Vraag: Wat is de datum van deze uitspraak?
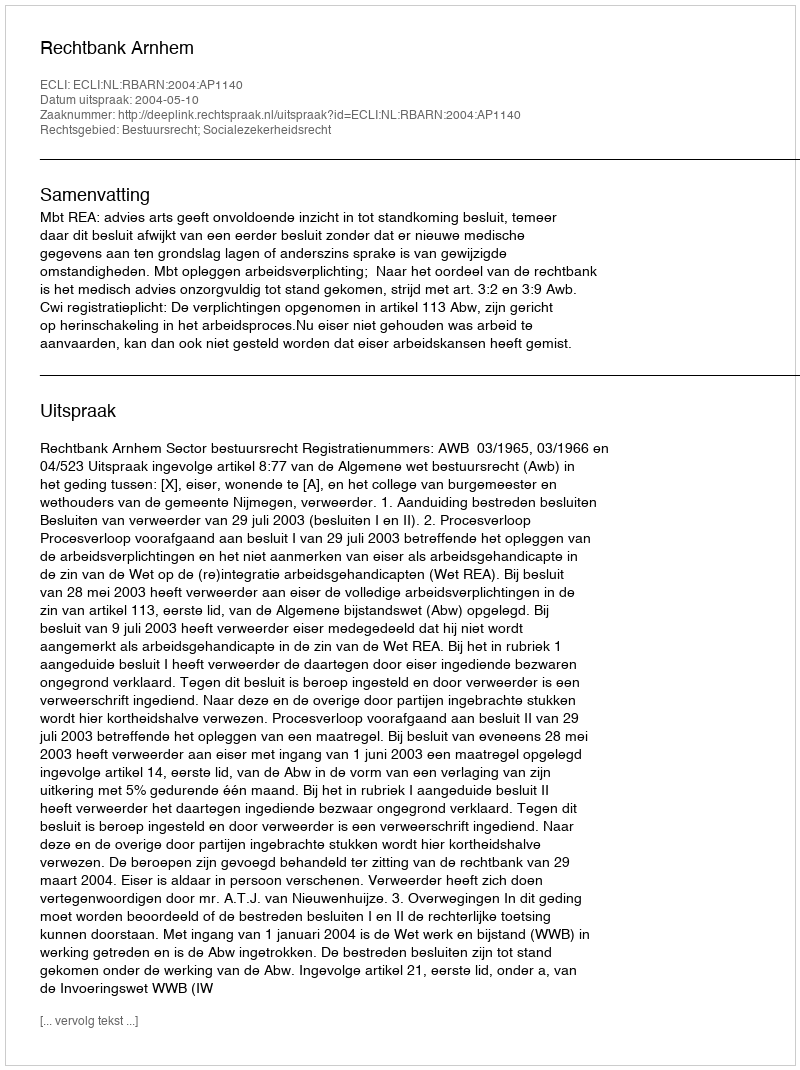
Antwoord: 2004-05-10